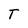
Character: T